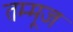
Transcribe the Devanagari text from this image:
तम्मूज